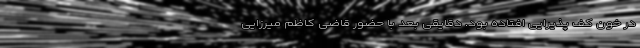
در خون کف پذیرایی افتاده بود. دقایقی بعد با حضور قاضی کاظم میرزایی